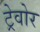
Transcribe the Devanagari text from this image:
ट्रेवोर